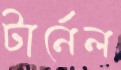
টার্নেল